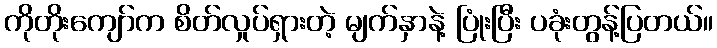
ကိုတိုးကျော်က စိတ်လှုပ်ရှားတဲ့ မျက်နှာနဲ့ ပြုံးပြီး ပခုံးတွန့်ပြတယ်။